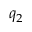
q _ { 2 }